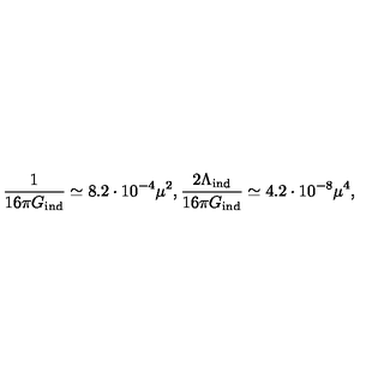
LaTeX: { \frac { 1 } { 1 6 \pi G _ { \mathrm { \scriptsize i n d } } } } \simeq 8 . 2 \cdot 1 0 ^ { - 4 } \mu ^ { 2 } , { \frac { 2 \Lambda _ { \mathrm { \scriptsize i n d } } } { 1 6 \pi G _ { \mathrm { \scriptsize i n d } } } } \simeq 4 . 2 \cdot 1 0 ^ { - 8 } \mu ^ { 4 } ,